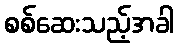
စစ်ဆေးသည့်အခါ